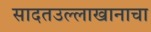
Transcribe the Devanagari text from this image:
सादतउल्लाखानाचा